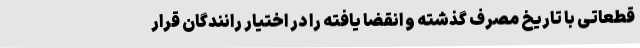
قطعاتی با تاریخ مصرف گذشته و انقضا یافته را در اختیار رانندگان قرار